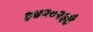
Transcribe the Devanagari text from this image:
३४२०२३है